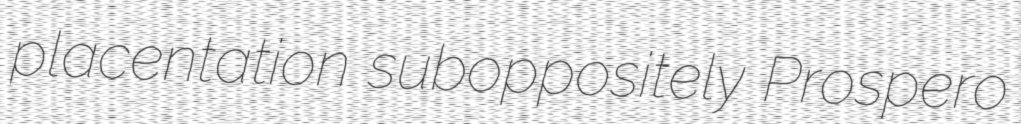
placentation suboppositely Prospero